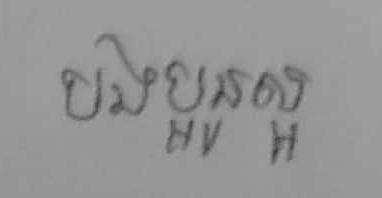
បងប្អូនល្អ